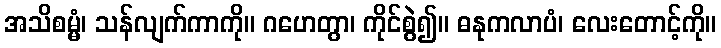
အသိစမ္မံ၊ သန်လျက်ကာကို။ ဂဟေတွာ၊ ကိုင်စွဲ၍။ ဓနုကလာပံ၊ လေးတောင့်ကို။